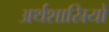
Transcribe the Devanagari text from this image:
अर्थशास्रियों